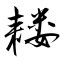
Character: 耧